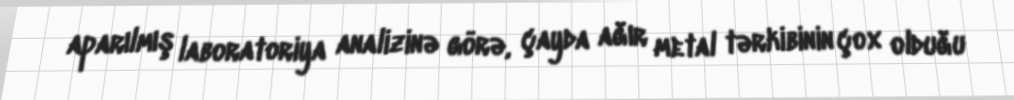
aparılmış laboratoriya analizinə görə, çayda ağır metal tərkibinin çox olduğu